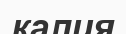
калия